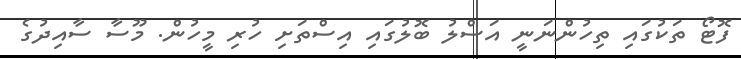
ފޮޓޯ ތަކުގައި ތިހުންނަނީ އަސްލު ބޮލުގައި އިސްތަށި ހުރި މީހުން. މޫސާ ސާއިދުގެ